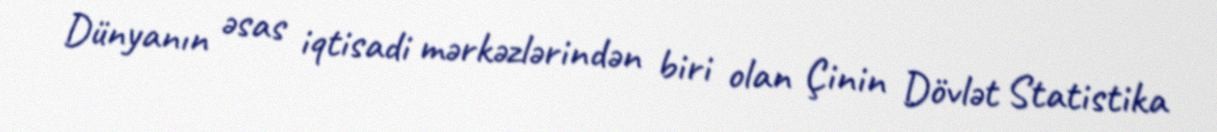
Dünyanın əsas iqtisadi mərkəzlərindən biri olan Çinin Dövlət Statistika